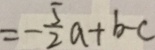
= - \frac { 5 } { 2 } a + b - c